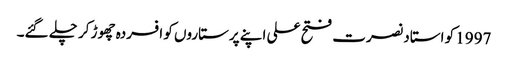
1997 کو استاد نصرت فتح علی اپنے پرستاروں کو افسردہ چھوڑ کر چلے گئے۔